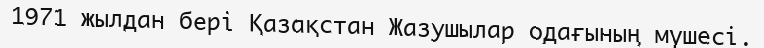
1971 жылдан бері Қазақстан Жазушылар одағының мүшесі.